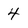
Character: 4